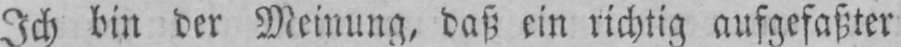
Ich bin der Meinung, daß ein richtig aufgefaßter